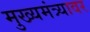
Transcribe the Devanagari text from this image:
मुख्यमंत्र्यावर